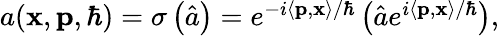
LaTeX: \begin{array}{r}{a(\mathbf{x},\mathbf{p},\hbar)=\sigma\left(\hat{a}\right)=e^{-i\left\langle\mathbf{p},\mathbf{x}\right\rangle/\hbar}\left(\hat{a}e^{i\left\langle\mathbf{p},\mathbf{x}\right\rangle/\hbar}\right),}\end{array}